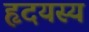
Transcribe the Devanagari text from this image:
हृदयस्य